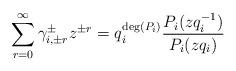
LaTeX: \begin{align*}\sum_{r=0}^{\infty}\gamma_{i, \pm r}^{\pm}z^{\pm r}=q_i^{\deg (P_i)}\frac{P_i(zq_i^{-1})}{P_i(zq_i)}\end{align*}